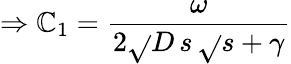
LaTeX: \Rightarrow\mathbb{C}_{1}=\frac{{\omega}}{{2\sqrt{}{{D}}\, s\, \sqrt{}{{s+\gamma}}}}